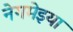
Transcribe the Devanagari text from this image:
नेगमेइया